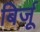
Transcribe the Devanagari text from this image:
बिर्जू